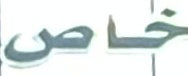
خاص